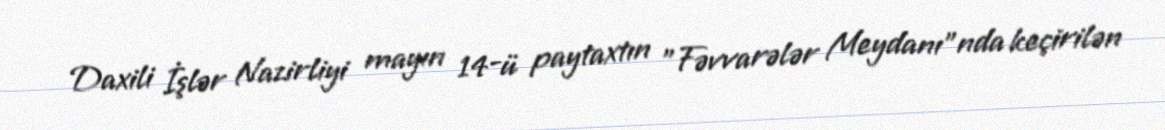
Daxili İşlər Nazirliyi mayın 14-ü paytaxtın "Fəvvarələr Meydanı"nda keçirilən